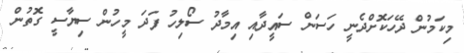
މިކަމުން ދޭހަކޮށްދެނީ ހަސަން ސައީދާއި އިމާދު ސޯލިހު ފަދަ މީހުން ސިޔާސީ ގޮތުން